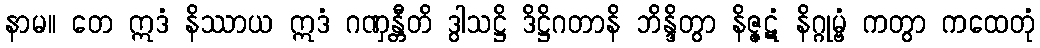
နာမ။ တေ ဣဒံ နိဿာယ ဣဒံ ဂဏှန္တီတိ ဒွါသဋ္ဌိ ဒိဋ္ဌိဂတာနိ ဘိန္ဒိတွာ နိဇ္ဇဋံ နိဂ္ဂုမ္ဗံ ကတွာ ကထေတုံ